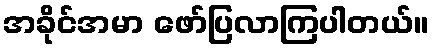
အခိုင်အမာ ဖော်ပြလာကြပါတယ်။